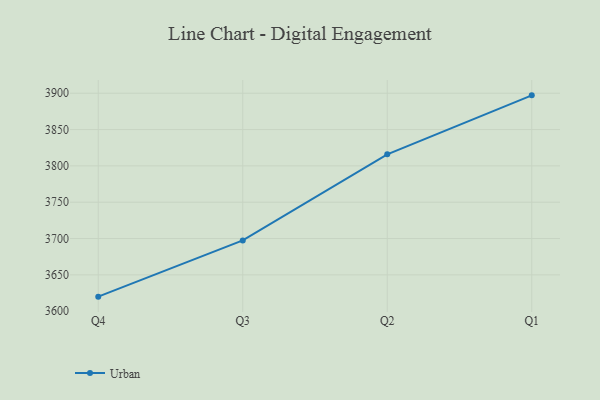
{"axis": {"x": "Quarter", "y": "Latency (ms)"}, "legend": ["Urban"], "data": [{"x": "Q4", "y": 3620.0, "type": "Urban"}, {"x": "Q3", "y": 3697.4, "type": "Urban"}, {"x": "Q2", "y": 3815.9, "type": "Urban"}, {"x": "Q1", "y": 3897.1, "type": "Urban"}]}